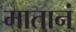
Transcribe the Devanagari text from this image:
मातानं